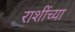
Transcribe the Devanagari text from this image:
राशींच्या